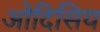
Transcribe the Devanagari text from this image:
ओदिसिय